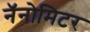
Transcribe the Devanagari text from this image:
नॅनोमिटर